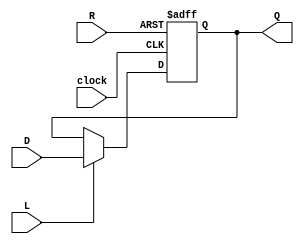
module Reg_32bit(Q, D, L, R, clock);
	parameter N = 32; // number of bits
	output reg [N-1:0]Q; // registered output
	input [N-1:0]D; // data input
	input L; // load enable
	input R; // reset
	input clock; // clock
	
	always @(posedge clock or posedge R) begin
		if(R)
			Q <= 0;
		else if(L)
			Q <= D;
		else
			Q <= Q;
			//write all conditions
	end
	
endmodule